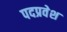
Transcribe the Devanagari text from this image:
पदप्रवेश